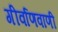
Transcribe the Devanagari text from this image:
गीर्वाणवाणी